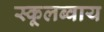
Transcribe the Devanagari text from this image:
स्कूलब्वाय